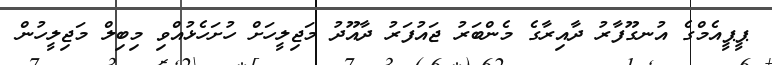
ޕީޕީއެމްގެ އުނގޫފާރު ދާއިރާގެ މެންބަރު ޖައުފަރު ދާއޫދު މަޖިލީހަށް ހުށަހެޅުއްވި މިބިލް މަޖިލީހުން